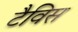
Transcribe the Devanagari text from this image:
टैविस